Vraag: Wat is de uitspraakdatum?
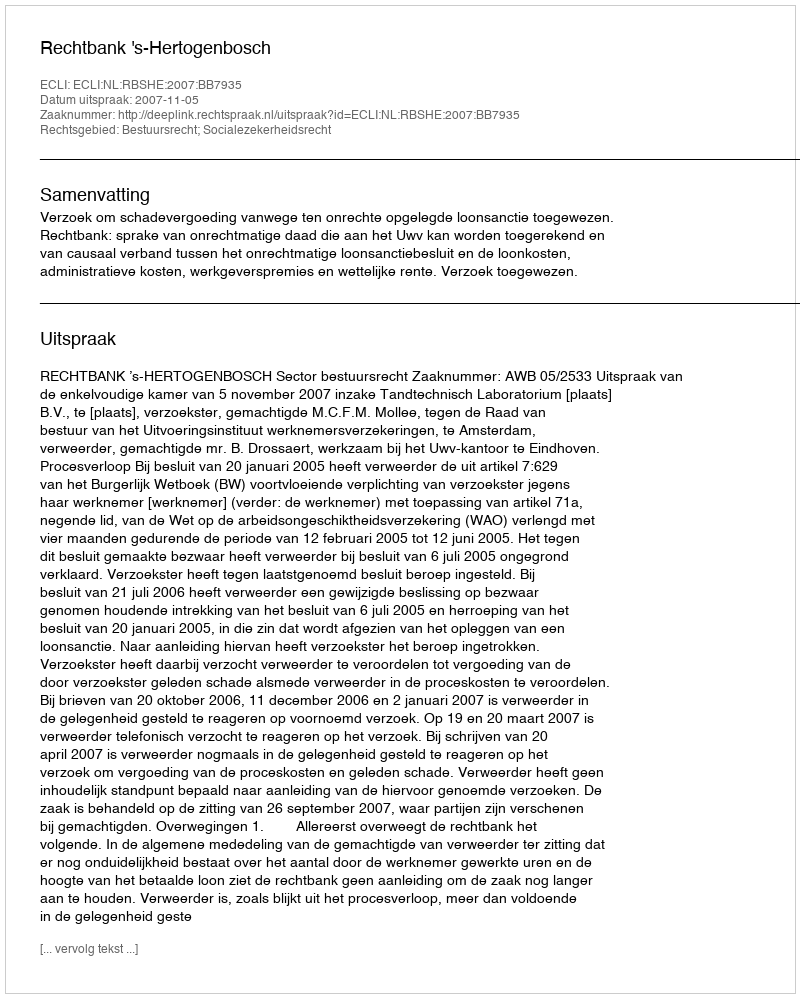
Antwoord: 2007-11-05